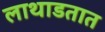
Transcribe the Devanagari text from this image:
लाथाडतात